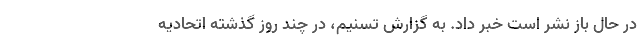
در حال باز نشر است خبر داد. به گزارش تسنیم، در چند روز گذشته اتحادیه